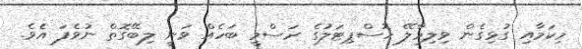
މިކަމާއި ގުޅިގެން ވިލިމާލޭ ހޮސްޕިޓަލުގެ ރަސްމީ ބަހެއް ވަނީ ލިބޭގޮތް ނުވެފަ އެވެ.